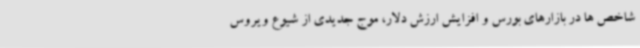
شاخص ها در بازارهای بورس و افزایش ارزش دلار، موج جدیدی از شیوع ویروس